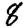
Digit: 8